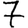
Digit: 7